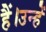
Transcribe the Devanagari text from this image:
हैं।उन्हें